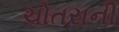
ચોતરાની